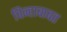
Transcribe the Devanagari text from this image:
चिन्हाबाबत